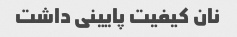
نان کیفیت پایینی داشت